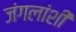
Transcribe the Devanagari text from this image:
जंगलांशी